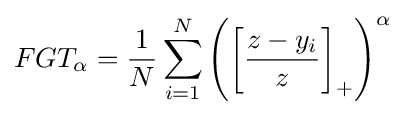
FGT_{\alpha }={\frac {1}{N}}\sum _{i=1}^{N}\left(\left[{\frac {z-y_{i}}{z}}\right]_{+}\right)^{\alpha }